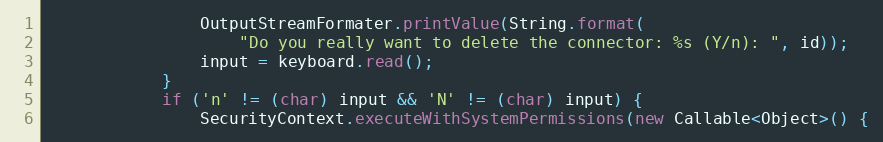
Language: Java
                OutputStreamFormater.printValue(String.format(
                    "Do you really want to delete the connector: %s (Y/n): ", id));
                input = keyboard.read();
            }
            if ('n' != (char) input && 'N' != (char) input) {
                SecurityContext.executeWithSystemPermissions(new Callable<Object>() {